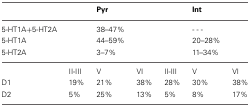
<table><thead><tr><td></td><td></td><td><b>Pyr</b></td><td></td><td></td><td><b>Int</b></td><td></td></tr></thead><tbody><tr><td>5-HT1A+5-HT2A</td><td></td><td>38–47%</td><td></td><td></td><td>- - -</td></tr><tr><td>5-HT1A</td><td></td><td>44–59%</td><td></td><td></td><td>20–28%</td></tr><tr><td>5-HT2A</td><td></td><td>3–7%</td><td></td><td></td><td>11–34%</td><td></td></tr><tr><td></td><td>II-III</td><td>V</td><td>VI</td><td>II-III</td><td>V</td><td>VI</td></tr><tr><td>D1</td><td>19%</td><td>21%</td><td>38%</td><td>28%</td><td>30%</td><td>38%</td></tr><tr><td>D2</td><td>5%</td><td>25%</td><td>13%</td><td>5%</td><td>8%</td><td>17%</td></tr></tbody></table>